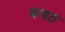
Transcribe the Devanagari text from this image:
कण्‍ठ